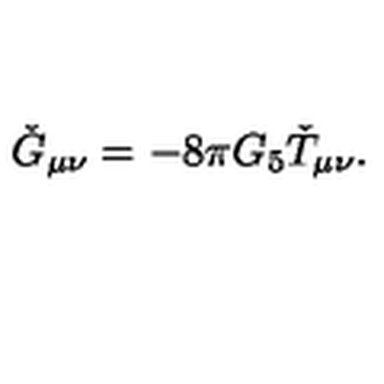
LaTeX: \check { G } _ { \mu \nu } = - 8 \pi G _ { 5 } \check { T } _ { \mu \nu } .